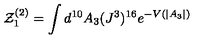
{ \cal Z } _ { 1 } ^ { ( 2 ) } = \int d ^ { 1 0 } A _ { 3 } ( J ^ { 3 } ) ^ { 1 6 } e ^ { - V ( | A _ { 3 } | ) }